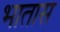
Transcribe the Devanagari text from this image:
भातास